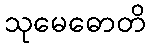
သုမေဓောတိ